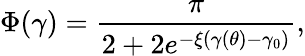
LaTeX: \Phi(\gamma)=\frac{\pi}{2+2e^{-\xi(\gamma(\theta)-\gamma_{0})}},